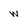
Character: w